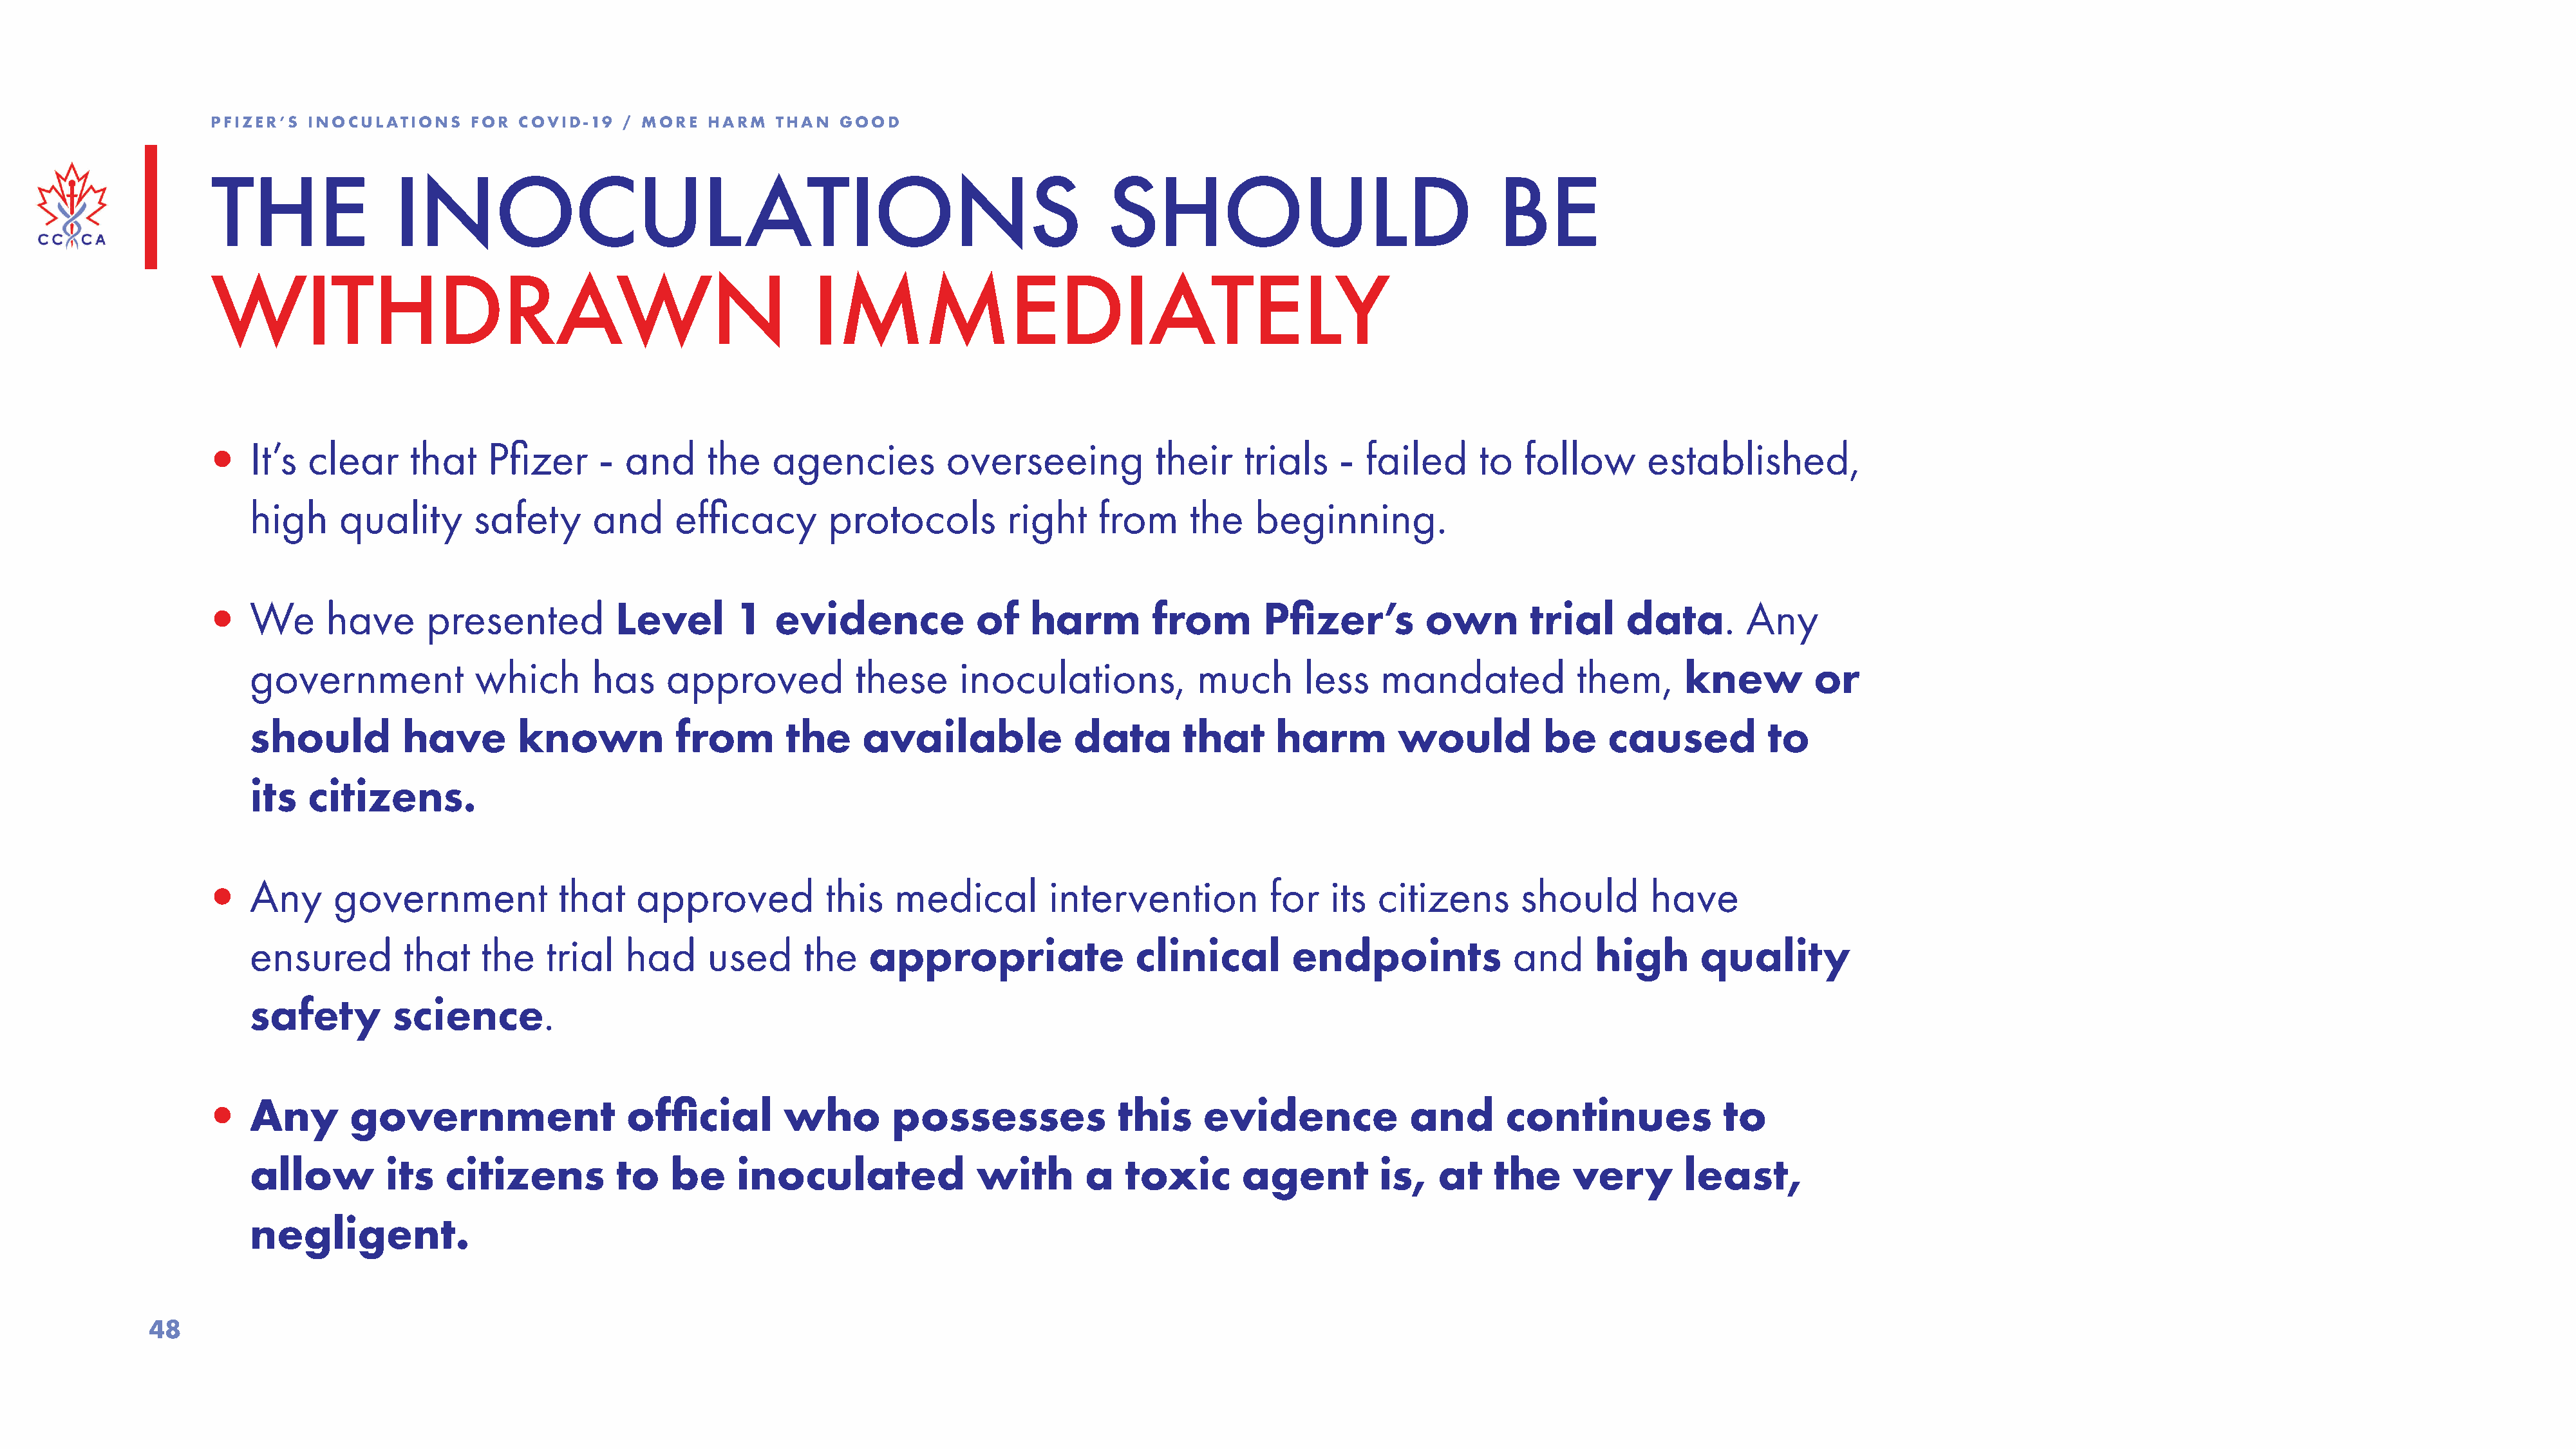
PFIZER’S  INOCULATIONS    FOR  COVID-19   / MORE   HARM   THAN  GOOD
 THE                INOCULATIONS                                                             SHOULD                                  BE
 WITHDRAWN                                                     IMMEDIATELY
 •   It’s  clear     that    Pfizer      - and      the   agencies          overseeing            their    trials    - failed      to   follow      established,
 high     quality       safety      and     efficacy        protocols          right    from     the    beginning.
 •   We      have      presented          Level        1   evidence            of    harm        from        Pfizer’s         own       trial     data.       Any
 government             which       has    approved            these      inoculations,           much       less    mandated            them,      knew         or
 should         have        known           from        the     available            data        that     harm         would          be    caused           to
 its   citizens.
 •   Any     government             that    approved            this   medical         intervention           for   its  citizens      should        have
 ensured        that    the    trial   had      used      the   appropriate                 clinical        endpoints              and     high       quality
 safety        science.
 •   Any       government                  official         who        possesses              this     evidence             and       continues             to
 allow         its   citizens         to    be     inoculated              with        a   toxic       agent         is,   at   the      very       least,
 negligent.
 48